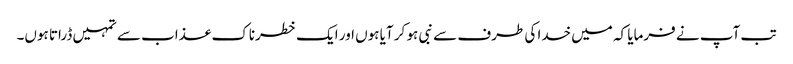
تب آپ نے فرمایا کہ میں خدا کی طرف سے نبی ہو کر آیا ہوں اور ایک خطرناک عذاب سے تمہیں ڈراتا ہوں۔